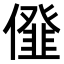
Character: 𠏪